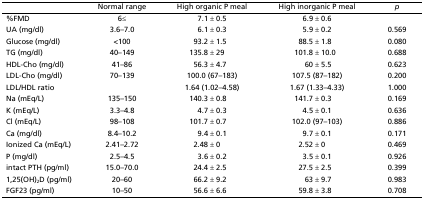
|  | Normal range | High organic P meal | High inorganic P meal | p |
 | --- | --- | --- | --- | --- |
 | %FMD | 6≤ | 7.1 ± 0.5 | 6.9 ± 0.6 |  |
 | UA (mg/dl) | 3.6–7.0 | 6.1 ± 0.3 | 5.9 ± 0.2 | 0.569 |
 | Glucose (mg/dl) | <100 | 93.2 ± 1.5 | 88.5 ± 1.8 | 0.080 |
 | TG (mg/dl) | 40–149 | 135.8 ± 29 | 101.8 ± 10.0 | 0.688 |
 | HDL-Cho (mg/dl) | 41–86 | 56.3 ± 4.7 | 60 ± 5.5 | 0.623 |
 | LDL-Cho (mg/dl) | 70–139 | 100.0 (67–183) | 107.5 (87–182) | 0.200 |
 | LDL/HDL ratio |  | 1.64 (1.02–4.58) | 1.67 (1.33–4.33) | 1.000 |
 | Na (mEq/L) | 135–150 | 140.3 ± 0.8 | 141.7 ± 0.3 | 0.169 |
 | K (mEq/L) | 3.3–4.8 | 4.7 ± 0.3 | 4.5 ± 0.1 | 0.636 |
 | Cl (mEq/L) | 98–108 | 101.7 ± 0.7 | 102.0 (97–103) | 0.886 |
 | Ca (mg/dl) | 8.4–10.2 | 9.4 ± 0.1 | 9.7 ± 0.1 | 0.171 |
 | Ionized Ca (mEq/L) | 2.41–2.72 | 2.48 ± 0 | 2.52 ± 0 | 0.469 |
 | P (mg/dl) | 2.5–4.5 | 3.6 ± 0.2 | 3.5 ± 0.1 | 0.926 |
 | intact PTH (pg/ml) | 15.0–70.0 | 24.4 ± 2.5 | 27.5 ± 2.5 | 0.399 |
 | 1,25(OH)2D (pg/ml) | 20–60 | 66.2 ± 9.2 | 63 ± 9.7 | 0.983 |
 | FGF23 (pg/ml) | 10–50 | 56.6 ± 6.6 | 59.8 ± 3.8 | 0.708 |